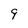
Character: 9